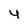
Character: y